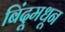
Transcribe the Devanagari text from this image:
बिंदूमधून